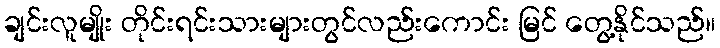
ချင်းလူမျိုး တိုင်းရင်းသားများတွင်လည်းကောင်း မြင် တွေ့နိုင်သည်။